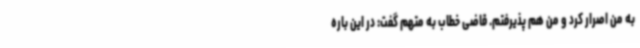
به من اصرار کرد و من هم پذیرفتم. قاضی خطاب به متهم گفت: در این باره